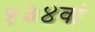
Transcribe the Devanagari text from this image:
१३४वां